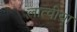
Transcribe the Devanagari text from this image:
लात्वीया